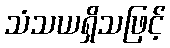
သံသယရှိသဖြင့်